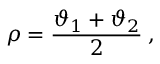
\rho = \displaystyle \frac { \vartheta _ { 1 } + \vartheta _ { 2 } } { 2 } \: ,